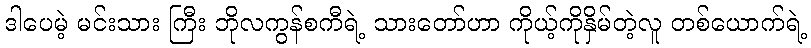
ဒါပေမဲ့ မင်းသား ကြီး ဘိုလကွန်စကီရဲ့ သားတော်ဟာ ကိုယ့်ကိုနှိမ်တဲ့လူ တစ်ယောက်ရဲ့